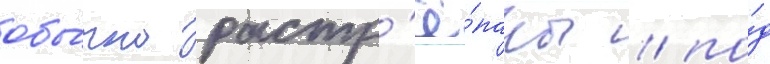
обы́чно растр'ё́паны / по́д